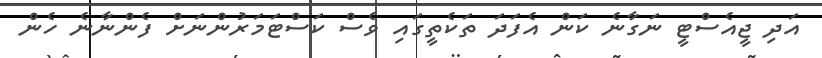
އަދި ޖީއެސްޓީ ނަގާނެ ކަން އެފަދަ ތަކެތީގައި ވެސް ކަސްޓަމަރުންނަށް ފެންނާނެ ހެން